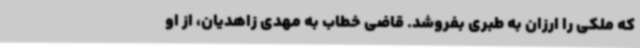
که ملکی را ارزان به طبری بفروشد. قاضی خطاب به مهدی زاهدیان، از او